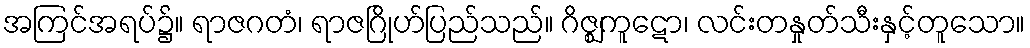
အကြင်အရပ်၌။ ရာဇဂတံ၊ ရာဇဂြိုဟ်ပြည်သည်။ ဂိဇ္ဈကူဋော၊ လင်းတနှုတ်သီးနှင့်တူသော။